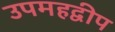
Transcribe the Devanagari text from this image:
उपमहद्वीप